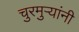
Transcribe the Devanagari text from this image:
चुरमुऱ्यांनी